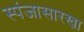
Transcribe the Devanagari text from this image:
स्पंजासारखा